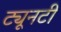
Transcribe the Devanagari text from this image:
ट्यूनटी